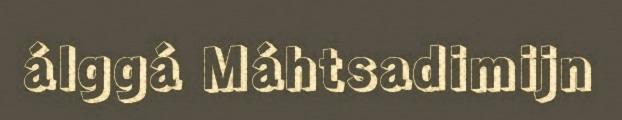
álggá Máhtsadimijn